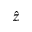
\hat { z }